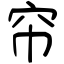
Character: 帘